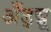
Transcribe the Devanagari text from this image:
अँड्य्रू